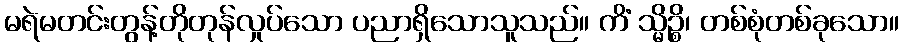
မရဲမတင်းတွန့်တိုတုန်လှုပ်သော ပညာရှိသောသူသည်။ ကိံ သ္မိဉ္စိ၊ တစ်စုံတစ်ခုသော။